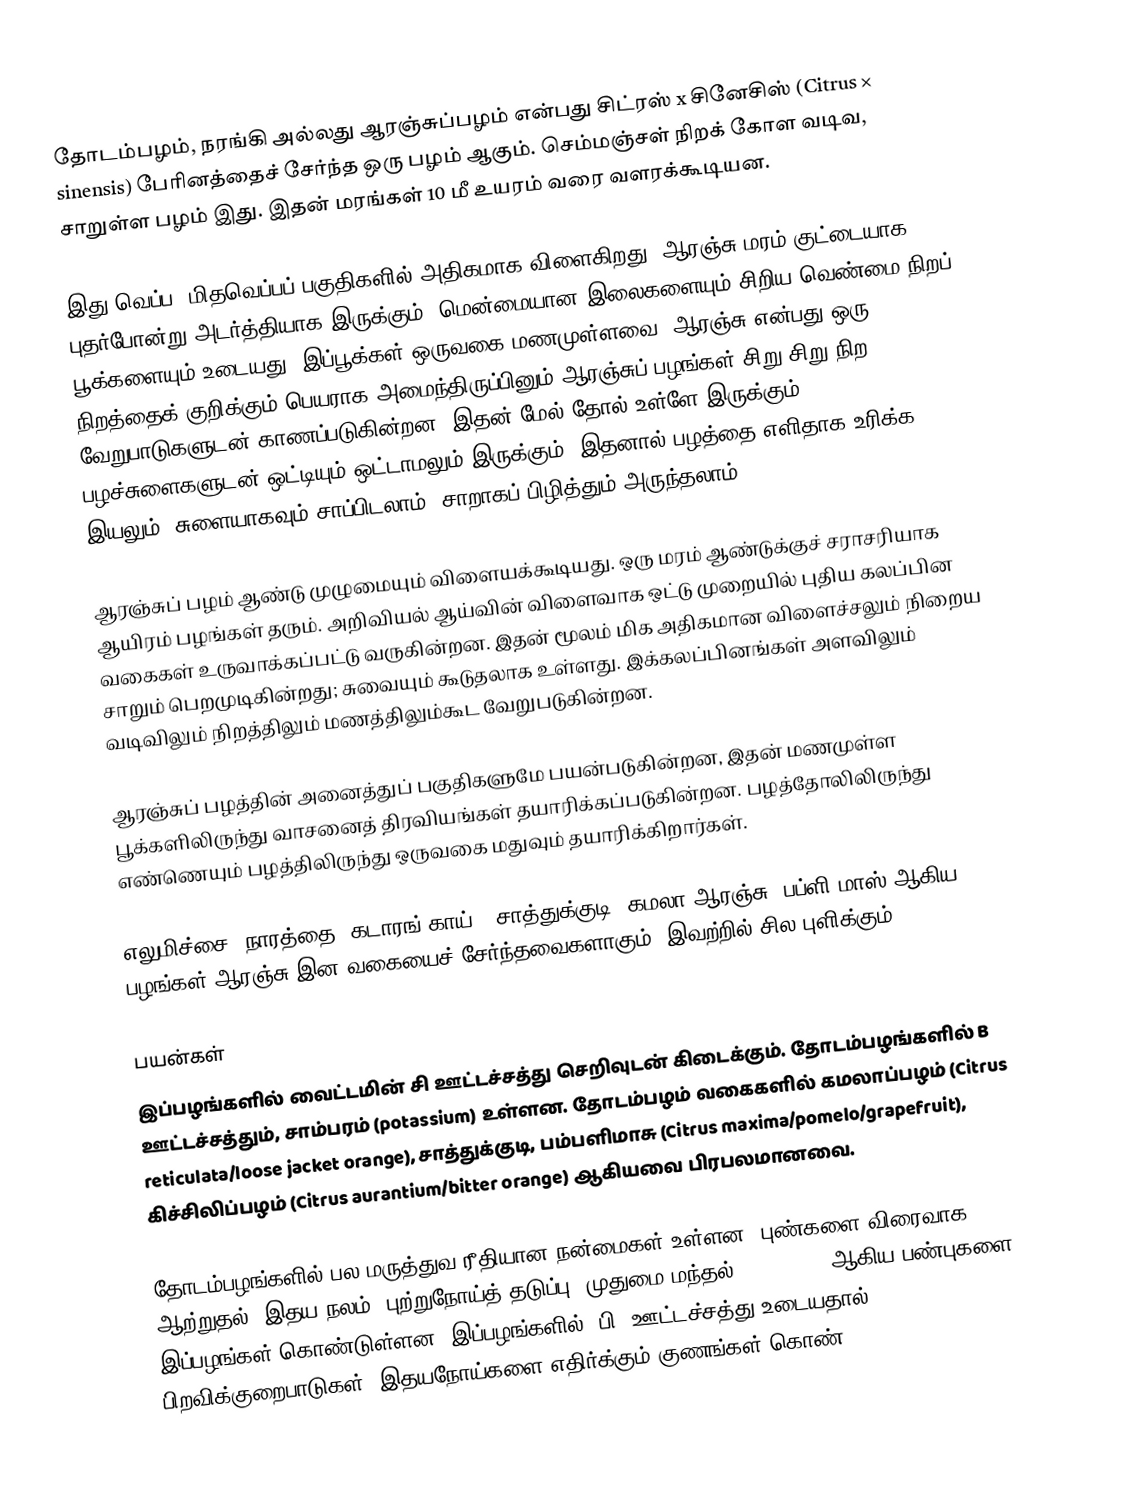
தோடம்பழம், நரங்கி அல்லது ஆரஞ்சுப்பழம் என்பது  சிட்ரஸ் x சினேசிஸ் (Citrus × sinensis) பேரினத்தைச் சேர்ந்த ஒரு பழம் ஆகும். செம்மஞ்சள் நிறக் கோள வடிவ, சாறுள்ள பழம் இது. இதன் மரங்கள் 10 மீ உயரம் வரை வளரக்கூடியன.

இது வெப்ப, மிதவெப்பப் பகுதிகளில் அதிகமாக விளைகிறது, ஆரஞ்சு மரம் குட்டையாக புதர்போன்று அடர்த்தியாக இருக்கும். மென்மையான இலைகளையும் சிறிய வெண்மை நிறப் பூக்களையும் உடையது. இப்பூக்கள் ஒருவகை மணமுள்ளவை, ஆரஞ்சு என்பது ஒரு நிறத்தைக் குறிக்கும் பெயராக அமைந்திருப்பினும் ஆரஞ்சுப் பழங்கள் சிறு சிறு நிற வேறுபாடுகளுடன் காணப்படுகின்றன. இதன் மேல் தோல் உள்ளே இருக்கும் பழச்சுளைகளுடன் ஒட்டியும் ஒட்டாமலும் இருக்கும். இதனால் பழத்தை எளிதாக உரிக்க இயலும். சுளையாகவும் சாப்பிடலாம். சாறாகப் பிழித்தும் அருந்தலாம்.

ஆரஞ்சுப் பழம் ஆண்டு முழுமையும் விளையக்கூடியது. ஒரு மரம் ஆண்டுக்குச் சராசரியாக ஆயிரம் பழங்கள் தரும். அறிவியல் ஆய்வின் விளைவாக ஒட்டு முறையில் புதிய கலப்பின வகைகள் உருவாக்கப்பட்டு வருகின்றன. இதன் மூலம் மிக அதிகமான விளைச்சலும் நிறைய சாறும் பெறமுடிகின்றது; சுவையும் கூடுதலாக உள்ளது. இக்கலப்பினங்கள் அளவிலும் வடிவிலும் நிறத்திலும் மணத்திலும்கூட வேறுபடுகின்றன.

ஆரஞ்சுப் பழத்தின் அனைத்துப் பகுதிகளுமே பயன்படுகின்றன, இதன் மணமுள்ள பூக்களிலிருந்து வாசனைத் திரவியங்கள் தயாரிக்கப்படுகின்றன. பழத்தோலிலிருந்து எண்ணெயும் பழத்திலிருந்து ஒருவகை மதுவும் தயாரிக்கிறார்கள்.

எலுமிச்சை, நாரத்தை (கடாரங் காய்), சாத்துக்குடி, கமலா ஆரஞ்சு, பப்ளி மாஸ் ஆகிய பழங்கள் ஆரஞ்சு இன வகையைச் சேர்ந்தவைகளாகும். இவற்றில் சில புளிக்கும்.

பயன்கள்
இப்பழங்களில் வைட்டமின் சி ஊட்டச்சத்து செறிவுடன் கிடைக்கும். தோடம்பழங்களில் B ஊட்டச்சத்தும், சாம்பரம் (potassium) உள்ளன. தோடம்பழம் வகைகளில் கமலாப்பழம் (Citrus reticulata/loose jacket orange), சாத்துக்குடி, பம்பளிமாசு (Citrus maxima/pomelo/grapefruit), கிச்சிலிப்பழம் (Citrus aurantium/bitter orange) ஆகியவை பிரபலமானவை.

தோடம்பழங்களில் பல மருத்துவ ரீதியான நன்மைகள் உள்ளன. புண்களை விரைவாக ஆற்றுதல், இதய நலம், புற்றுநோய்த் தடுப்பு, முதுமை மந்தல் (de-aging) ஆகிய பண்புகளை இப்பழங்கள் கொண்டுள்ளன. இப்பழங்களில் "பி" ஊட்டச்சத்து உடையதால் பிறவிக்குறைபாடுகள், இதயநோய்களை எதிர்க்கும் குணங்கள் கொண்